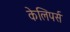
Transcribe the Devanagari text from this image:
केलिपर्स